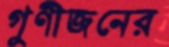
গুণীজনের